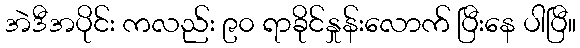
အဲဒီအပိုင်း ကလည်း ၉၀ ရာခိုင်နှုန်းလောက် ပြီးနေ ပါပြီ။